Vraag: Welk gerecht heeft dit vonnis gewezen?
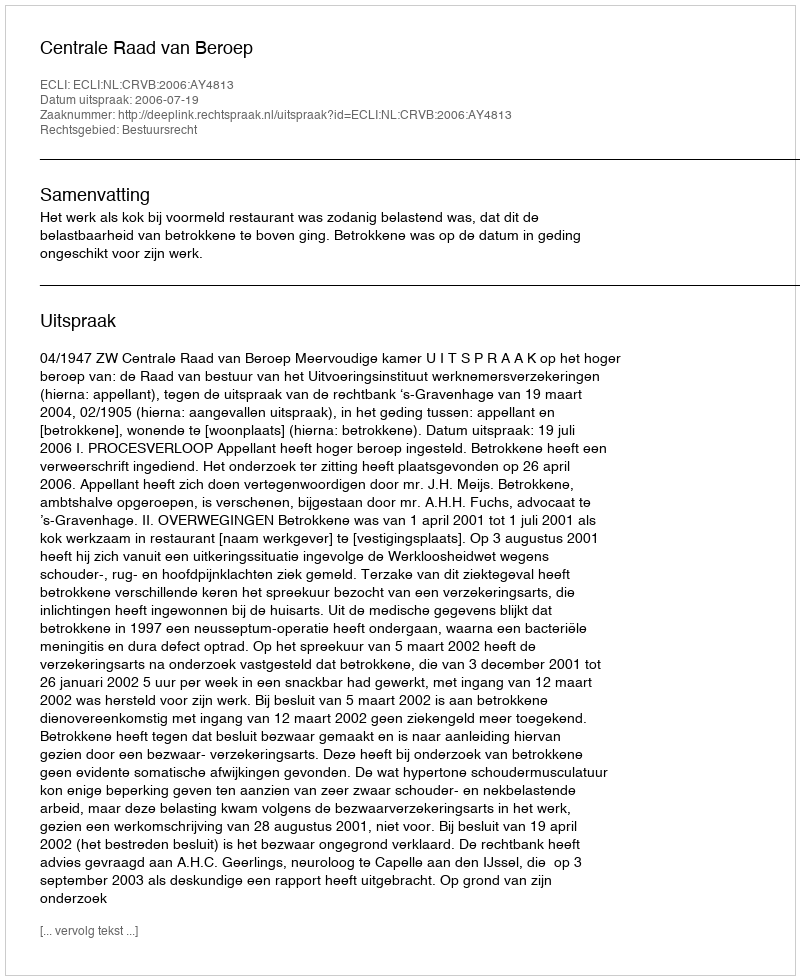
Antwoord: Centrale Raad van Beroep